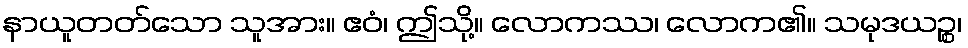
နာယူတတ်သော သူအား။ ဧဝံ၊ ဤသို့။ လောကဿ၊ လောက၏။ သမုဒယဉ္စ၊